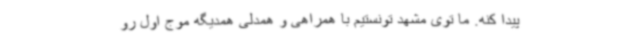
پیدا کنه. ما توی مشهد تونستیم با همراهی و همدلی همدیگه موج اول رو